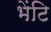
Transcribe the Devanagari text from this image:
भेंटि